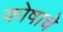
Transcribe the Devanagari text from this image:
कोषाचे